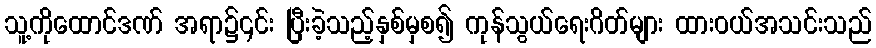
သူ့ကိုထောင်ဒဏ် အရာ၌၎င်း ပြီးခဲ့သည့်နှစ်မှစ၍ ကုန်သွယ်ရေးဂိတ်များ ထားဝယ်အသင်းသည်